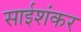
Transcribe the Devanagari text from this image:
साईशंकर